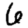
Digit: 6